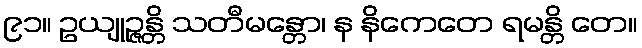
၉၁။ ဥယျုဉ္ဇန္တိ သတီမန္တော၊ န နိကေတေ ရမန္တိ တေ။